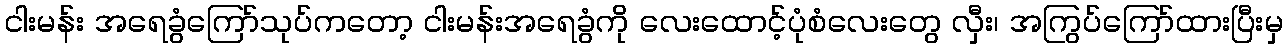
ငါးမန်း အရေခွံကြော်သုပ်ကတော့ ငါးမန်းအရေခွံကို လေးထောင့်ပုံစံလေးတွေ လှီး၊ အကြွပ်ကြော်ထားပြီးမှ